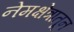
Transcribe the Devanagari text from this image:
नेमक्षेत्रातून